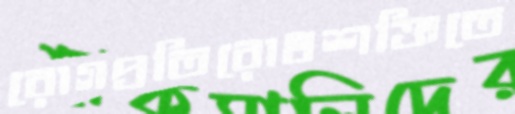
রোগপ্রতিরোধশক্তিতে